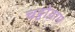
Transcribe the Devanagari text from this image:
चट्टोग्राम